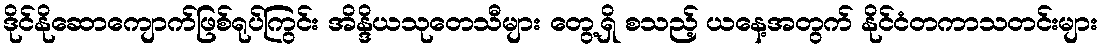
ဒိုင်နိုဆောကျောက်ဖြစ်ရုပ်ကြွင်း အိန္ဒိယသုတေသီများ တွေ့ရှိ စသည့် ယနေ့အတွက် နိုင်ငံတကာသတင်းများ